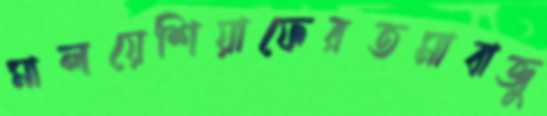
মালয়েশিয়াফেরতমাবাজু